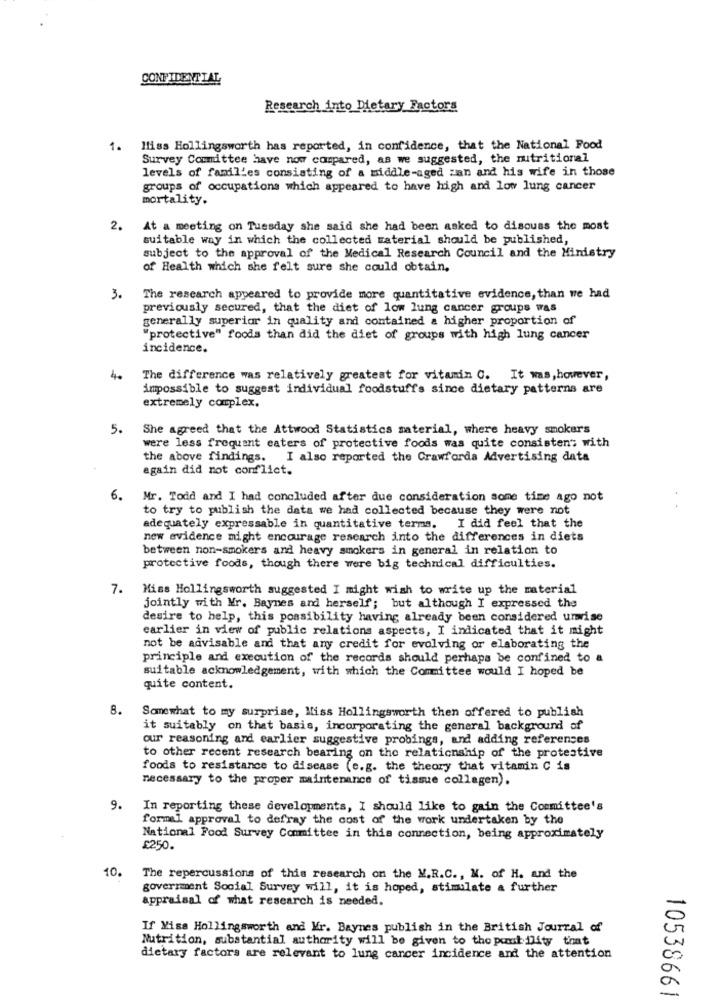
CONFIDENTIAL
Research into Dietary Factors
1. Miss Hollingsworth has reported, in confidence, that the National Food
Survey Committee have now compared, as we suggested, the nutritional
levels of families consisting of a middle-aged zan and his wife in those
groups of occupations which appeared to have high and low lung cancer
mortality.
2.
At a meeting on Tuesday she said she had been asked to discuss the most
suitable way in which the collected material should be published,
subject to the approval of the Medical Research Council and the Ministry
of Health which she felt sure she could obtain,
3.
The research appeared to provide more quantitative evidence, than we had
previously secured, that the diet of low lung cancer groups was
generally superior in quality and contained a higher proportion of
"protective" foods than did the diet of groups with high lung cancer
incidence.
4.
The difference was relatively greatest for vitamin C. It was, however,
impossible to suggest individual foodstuffs since dietary patterns are
extremely complex.
5.
She agreed that the Attwood Statistics material, where heavy smokers
were less frequent caters of protective foods was quite consistent with
the above findings. I also reported the Crawforda Advertising data
again did not conflict.
6. Mr. Todd and I had concluded after due consideration some time ago not
to try to publish the data we had collected because they were not
adequately expressable in quantitative terms. I did feel that the
new evidence might encourage research into the differences in diets
between non-smokers and heavy smokers in general in relation to
protective foods, though there were big technical difficulties.
7. Miss Hollingsworth suggested I might wish to write up the material
jointly with Mr. Baynes and herself; but although I expressed the
desire to help, this possibility having already been considered umvise
earlier in view of public relations aspects, I indicated that it might
not be advisable and that any credit for evolving or elaborating the
principle and execution of the records should perhaps be confined to a
suitable acknowledgement, with which the Committee would I hoped be
quite content.
8.
Somewhat to my surprise, Miss Hollingsworth then offered to publish
it suitably on that basis, incorporating the general background of
our reasoning and earlier suggestive probings, and adding references
to other recent research bearing on the relationship of the protestive
foods to resistance to disease (e.g. the theory that vitamin C is
necessary to the proper maintenance of tissue collagen).
9.
In reporting these developments, I should like to gain the Committee's
formal approval to defray the cost of the work undertaken by the
National Food Survey Committee in this connection, being approximately
£250.
10.
The repercussions of this research on the M.R.C ., M. of H. and the
government Social Survey will, it is hoped, stimulate a further
appraisal of what research is needed.
If Viss Hollingsworth and Kr. Baynes publish in the British Jourral of
Nutrition, substantial authority will be given to the paul ility that
dietary factors are relevant to lung cancer incidence and the attention
10538661